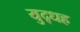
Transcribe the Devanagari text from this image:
युद्धह